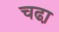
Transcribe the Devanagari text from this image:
चढा़